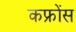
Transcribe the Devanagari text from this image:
कफ्रोंस